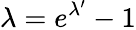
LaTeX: \lambda=e^{\lambda^{\prime}}-1